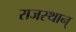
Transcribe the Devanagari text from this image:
राजस्थान्